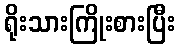
ရိုးသားကြိုးစားပြီး